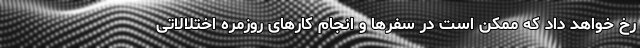
رخ خواهد داد که ممکن است در سفر‌ها و انجام کار‌های روزمره اختلالاتی